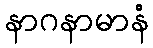
နာဂနာမာနံ